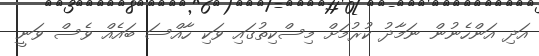
އަދި އަންހެނުން ނަމާދު ކުރުމަށް މިސްކިތުގައި ވަކި ހާއްސަ ބައެއް ވެސް ވަނީ